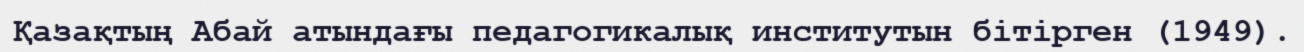
Қазақтың Абай атындағы педагогикалық институтын бітірген (1949).